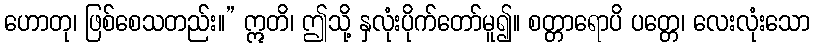
ဟောတု၊ ဖြစ်စေသတည်း။” ဣတိ၊ ဤသို့ နှလုံးပိုက်တော်မူ၍။ စတ္တာရောပိ ပတ္တေ၊ လေးလုံးသော